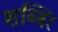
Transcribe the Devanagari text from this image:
शब्बिर